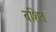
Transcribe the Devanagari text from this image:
बशित